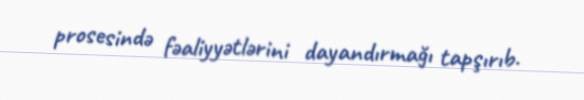
prosesində fəaliyyətlərini dayandırmağı tapşırıb.